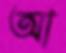
আ